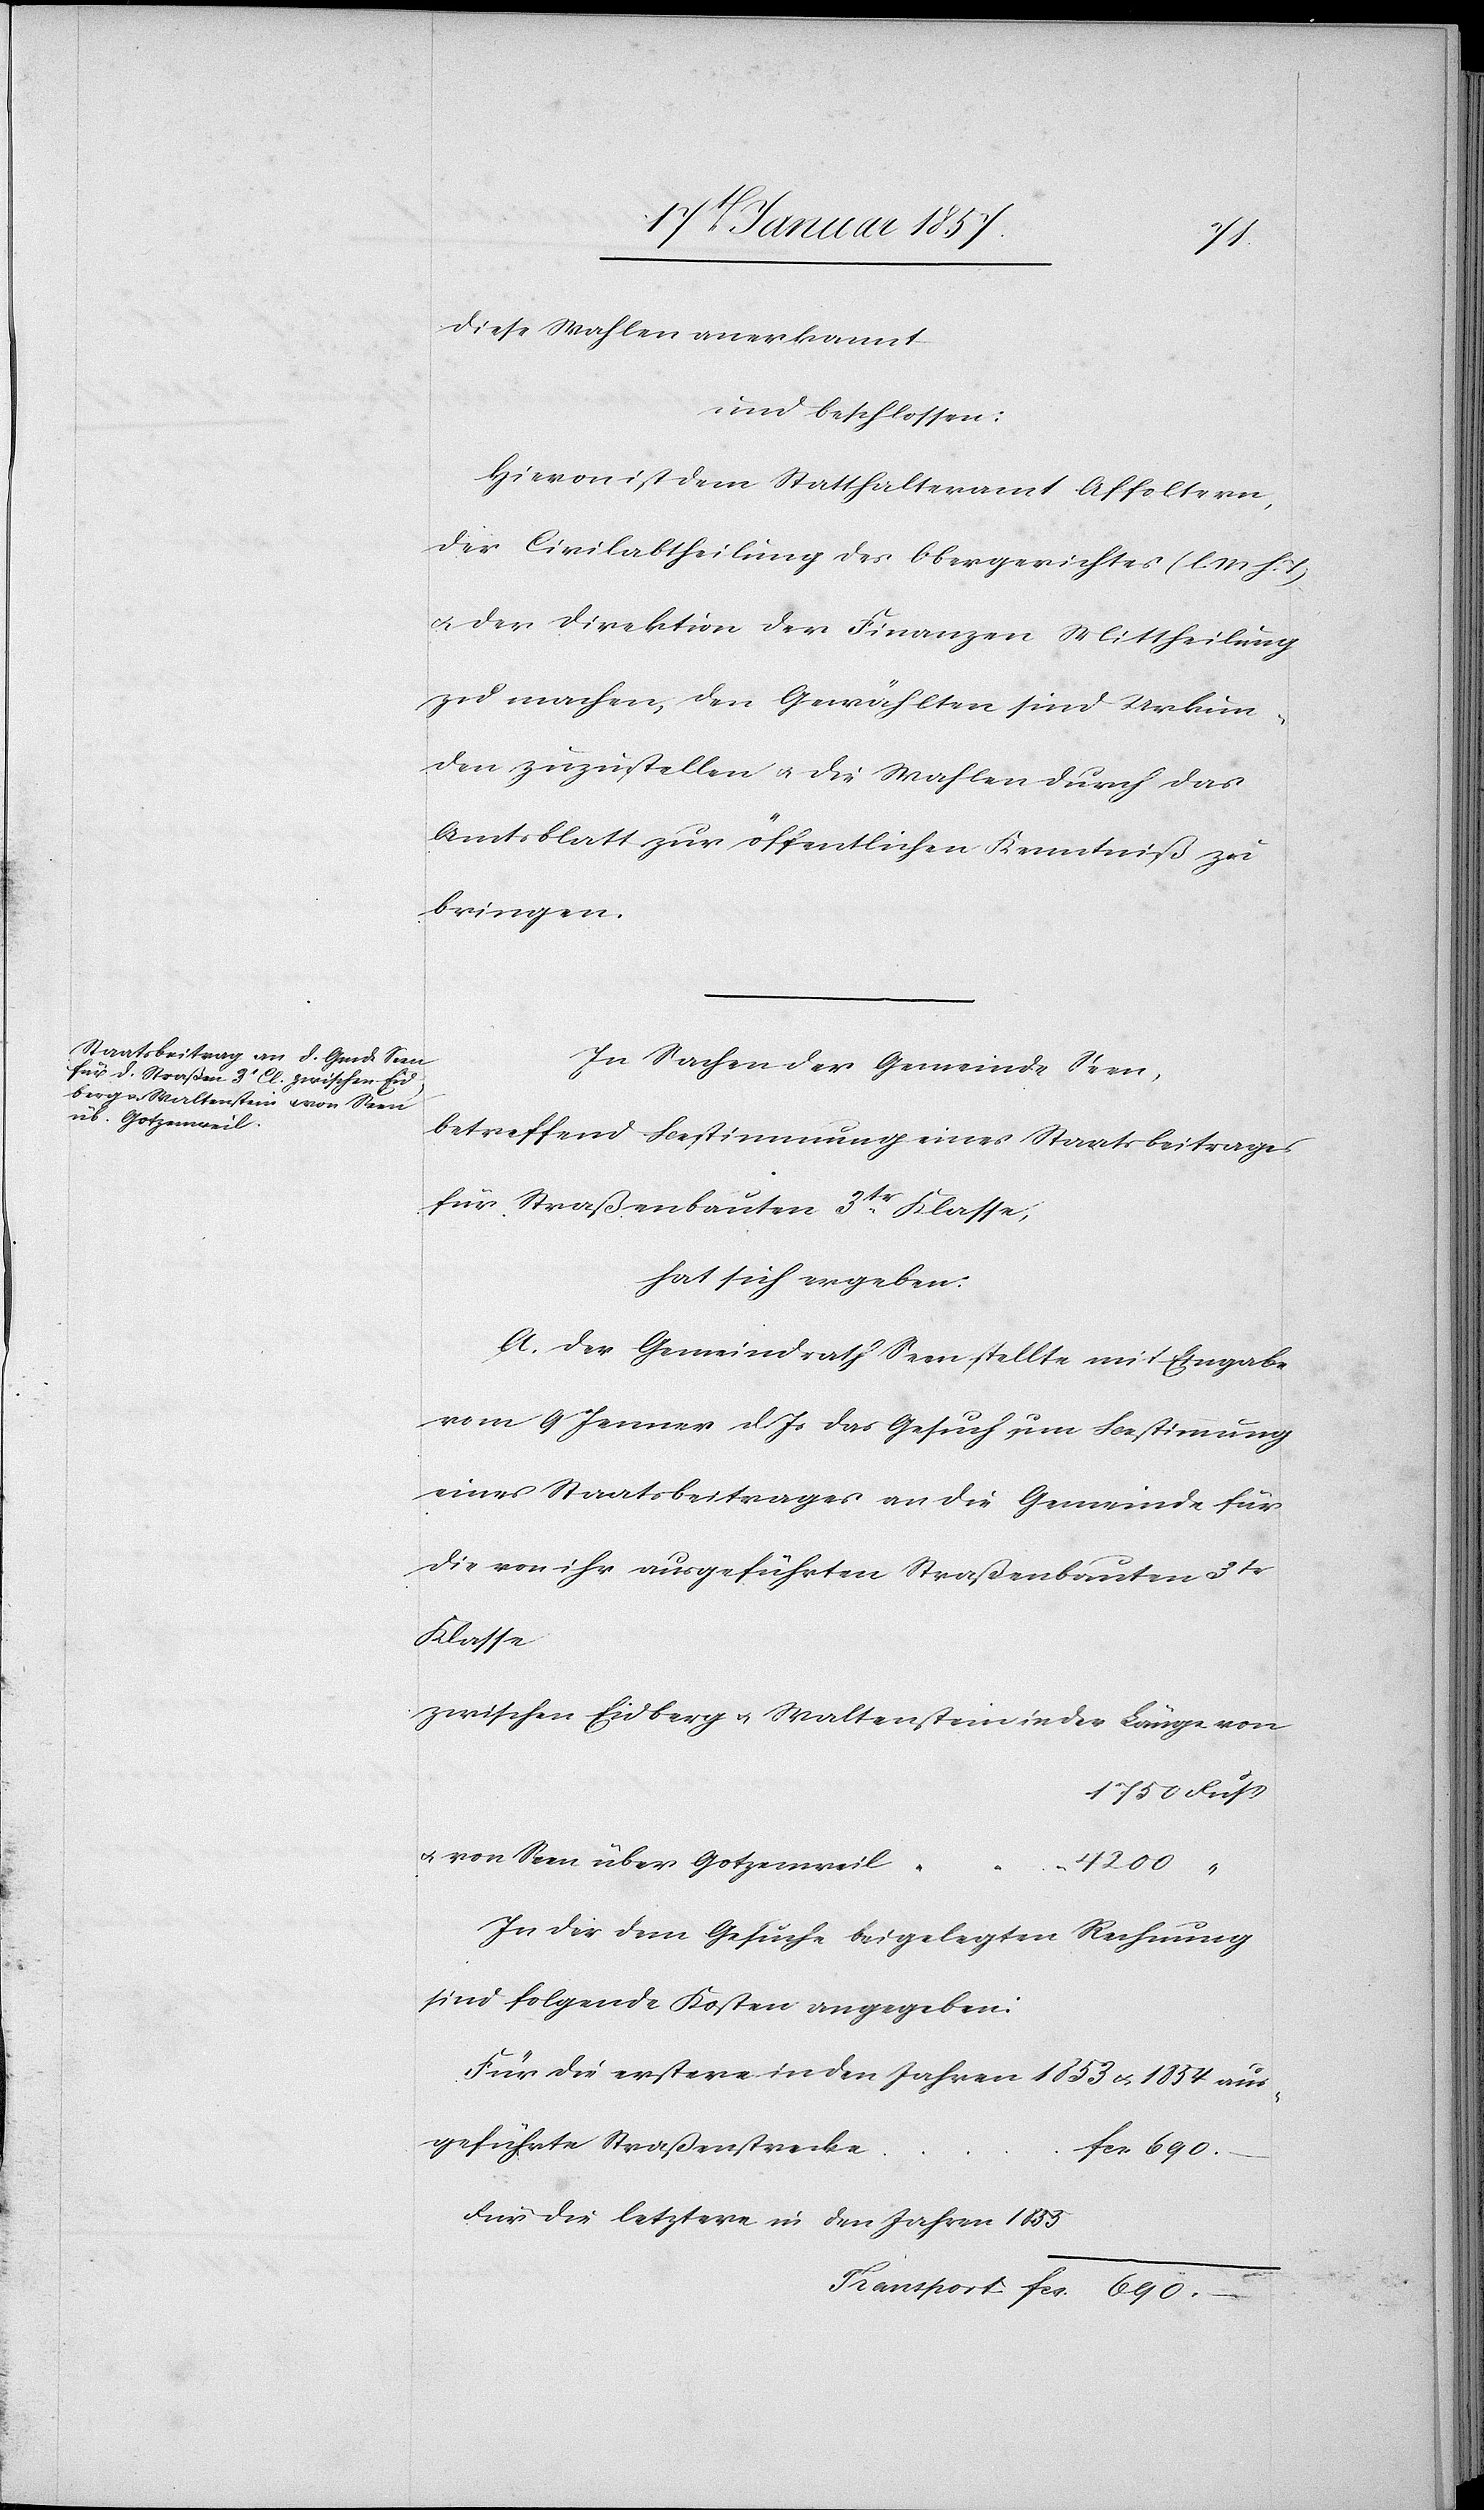
diese Wahlen anerkannt
und beschlossen:
Hiervon ist dem Statthalteramt Affoltern,
der Civilabtheilung des Obergerichtes (l. M h. T)
& der Direktion der Finanzen Mittheilung
zu machen, den Gewählten sind Urkun¬
den zuzustellen & die Wahlen durch das
Amtsblatt zur öffentlichen Kenntniß zu
bringen.
In Sachen der Gemeinde Seen,
betreffend Bestimmung eines Staatsbeitrages
für Straßenbauten 3te. Klasse;
hat sich ergeben:
A. Der Gemeindrath Seen stelle mit Eingabe
vom 9 Jenner d. Js das Gesuch um Bestimmung
eines Staatsbeitrages an die Gemeinde für
die von ihr ausgeführten Straßenbauten 3tr
Klasse
zwischen Eidberg & Waltenstein in der Länge von
1750 Fuß
& von Seen über Gotzenweil
4200 “
In der dem Gesuche beigelegten Rechnung
sind folgende Kosten angegeben:
Für die erstere in den Jahren 1853 & 1854 aus¬
geführte Straßenstrecke
Für die letztere in den Jahren 1853